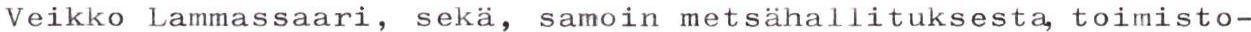
Veikko Lammassaari, sekä, samoin metsähallituksesta, toimisto-